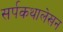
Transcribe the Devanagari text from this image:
सर्पकथालेखन